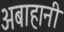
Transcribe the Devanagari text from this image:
अबाहानी